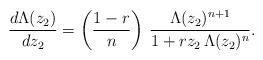
LaTeX: \begin{align*}\frac{d\Lambda(z_2)}{dz_2}=\left(\frac{1-r}{n}\right)\,\frac{\Lambda(z_2)^{n+1}}{1+rz_2\,\Lambda(z_2)^n}.\end{align*}